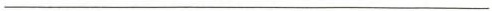
___